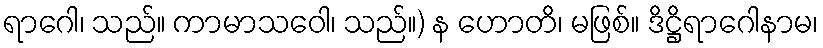
ရာဂေါ၊ သည်။ ကာမာသဝေါ၊ သည်။) န ဟောတိ၊ မဖြစ်။ ဒိဋ္ဌိရာဂေါနာမ၊